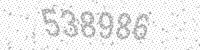
Solution: 538986